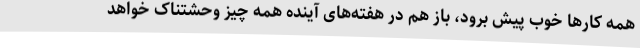
همه کارها خوب پیش برود، باز هم در هفته‌های آینده همه چیز وحشتناک خواهد